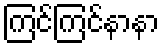
ကြင်ကြင်နာနာ